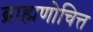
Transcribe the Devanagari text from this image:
ब्राह्मणोचित्त